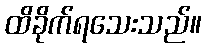
ထိခိုက်ရသေးသည်။